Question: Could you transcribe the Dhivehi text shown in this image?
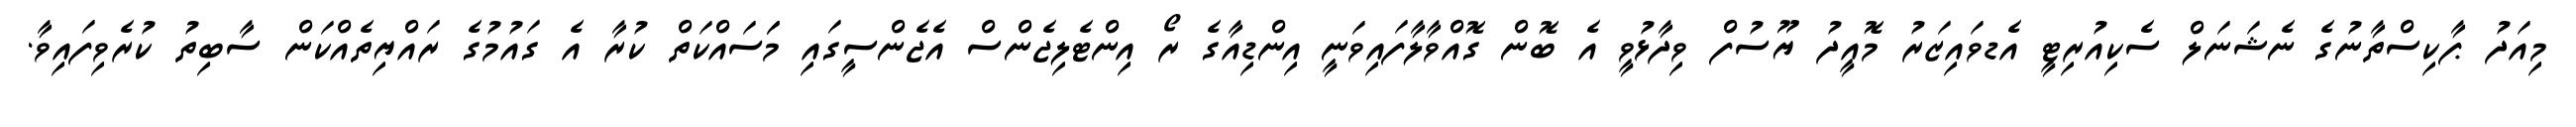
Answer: މިއަދު ޕާކިސްތާނުގެ ނެޝަނަލް ސެކިއުރިޓީ އެޑވައިޒަރު މޮއީދު ޔޫސުފް ވިދާޅުވީ އެ ބޮން ގޮއްވާލާފައިވަނީ އިންޑިއާގެ ރޯ އިންޓެލިޖެންސް އެޖެންސީގައި މަަސައްކަތް ކުރާ އެ ގައުމުގެ ރައްޔިތެއްކަން ސާބިތު ކުރެވިފައިވާ.